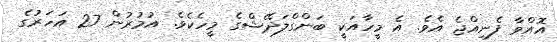
އޮއްވާ ފެނިއްޖެ އެވެ. އެ މީހާއަކީ ބަންގްލަދޭޝްގެ މީހެކެވެ. އުމުރުން 27 އަހަރުގެ